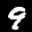
Label: 9